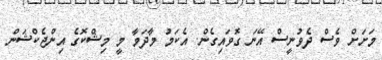
މަށަށް ވެސް ދެވުނީސް އޭނަ ގޮވައިގެން. އެކަމު މާދަމާ މީ މިޝްކޮގެ އިންޖެކްޝަން